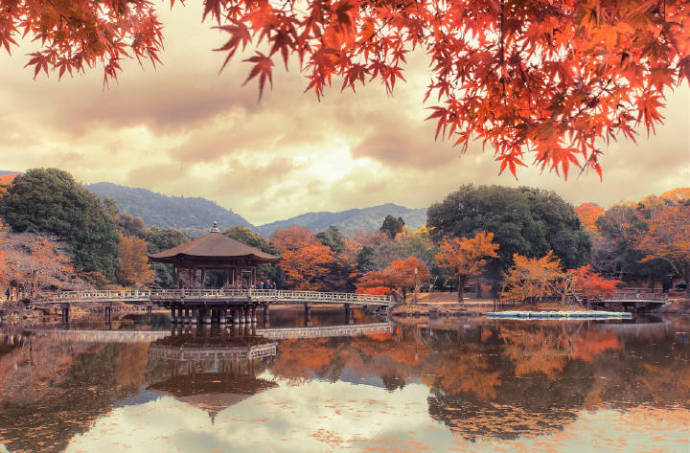
云物凄凉拂曙流，汉家宫阙动高秋。